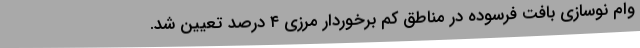
وام نوسازی بافت فرسوده در مناطق کم برخوردار مرزی ۴ درصد تعیین شد.